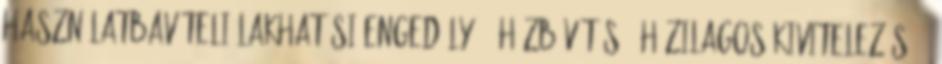
Használatbavételi lakhatási engedély 48 Házbővítés 1 Házilagos kivitelezés 87